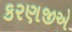
કરણજીએ